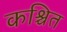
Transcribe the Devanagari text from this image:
कश्चित